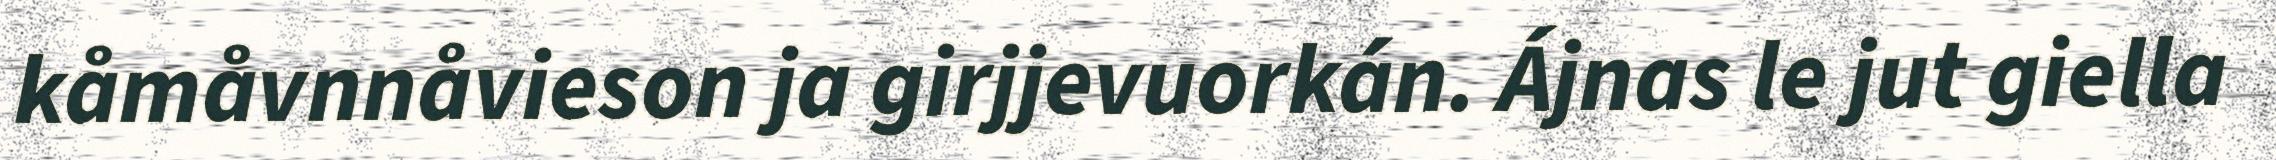
kåmåvnnåvieson ja girjjevuorkán. Ájnas le jut giella